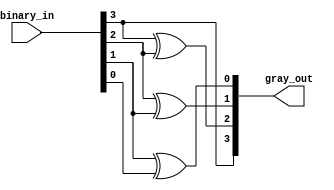
`timescale 1ns / 1ps
//////////////////////////////////////////////////////////////////////////////////
// Company: 
// Engineer: 
// 
// Design Name: 
// Module Name: binary_to_gray_4bit
// Project Name: 
// Target Devices: 
// Tool Versions: 
// Description: 
// 
// Dependencies: 
// 
// Revision:
// Revision 0.01 - File Created
// Additional Comments:
// 
//////////////////////////////////////////////////////////////////////////////////


module binary_to_gray_4bit(
    input [3:0] binary_in,
    output [3:0] gray_out
    );
    assign gray_out[3]=binary_in[3];
    assign gray_out[2]=binary_in[3]^binary_in[2];
    assign gray_out[1]=binary_in[2]^binary_in[1];
    assign gray_out[0]=binary_in[1]^binary_in[0];
    
endmodule